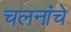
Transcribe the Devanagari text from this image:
चलनांचे